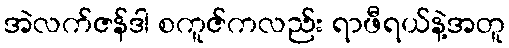
အဲလက်ဇန်ဒါ စကူဇ်ကလည်း ရာဖီရယ်နဲ့အတူ